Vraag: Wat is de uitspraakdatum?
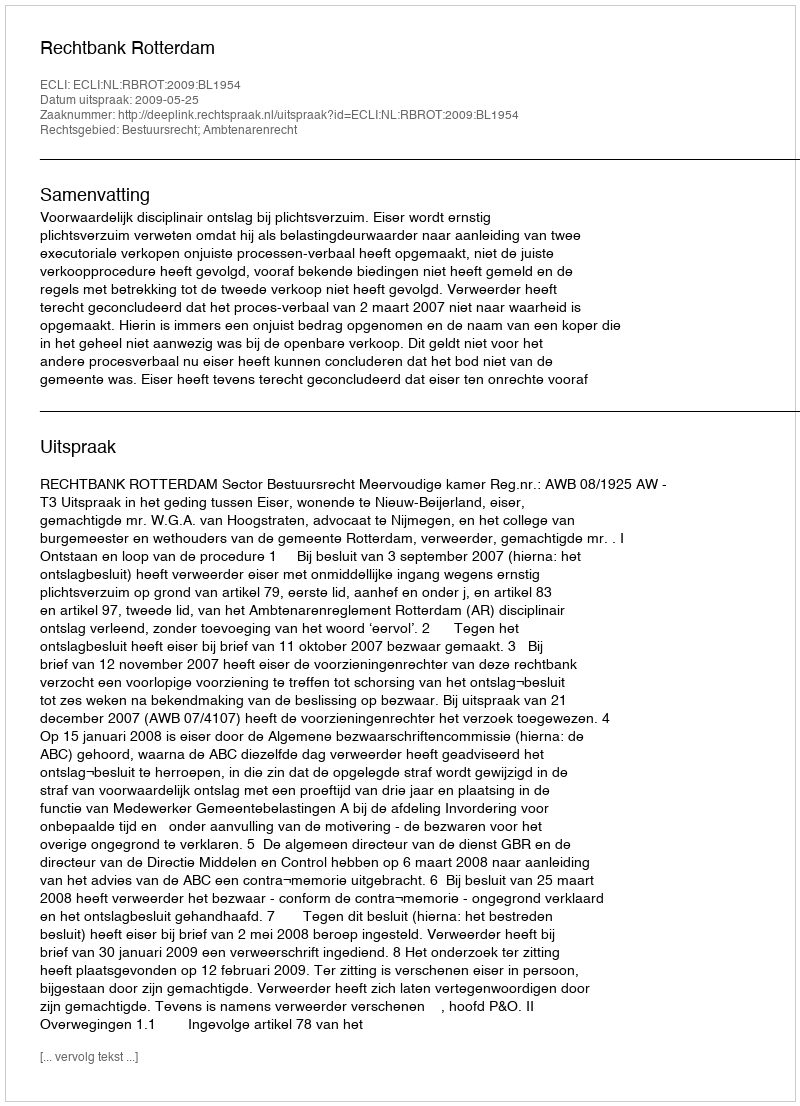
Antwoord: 2009-05-25